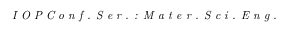
\textit { I O P C o n f . S e r . : M a t e r . S c i . E n g . }